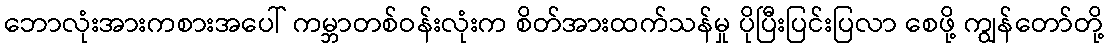
ဘောလုံးအားကစားအပေါ် ကမ္ဘာတစ်ဝန်းလုံးက စိတ်အားထက်သန်မှု ပိုပြီးပြင်းပြလာ စေဖို့ ကျွန်တော်တို့